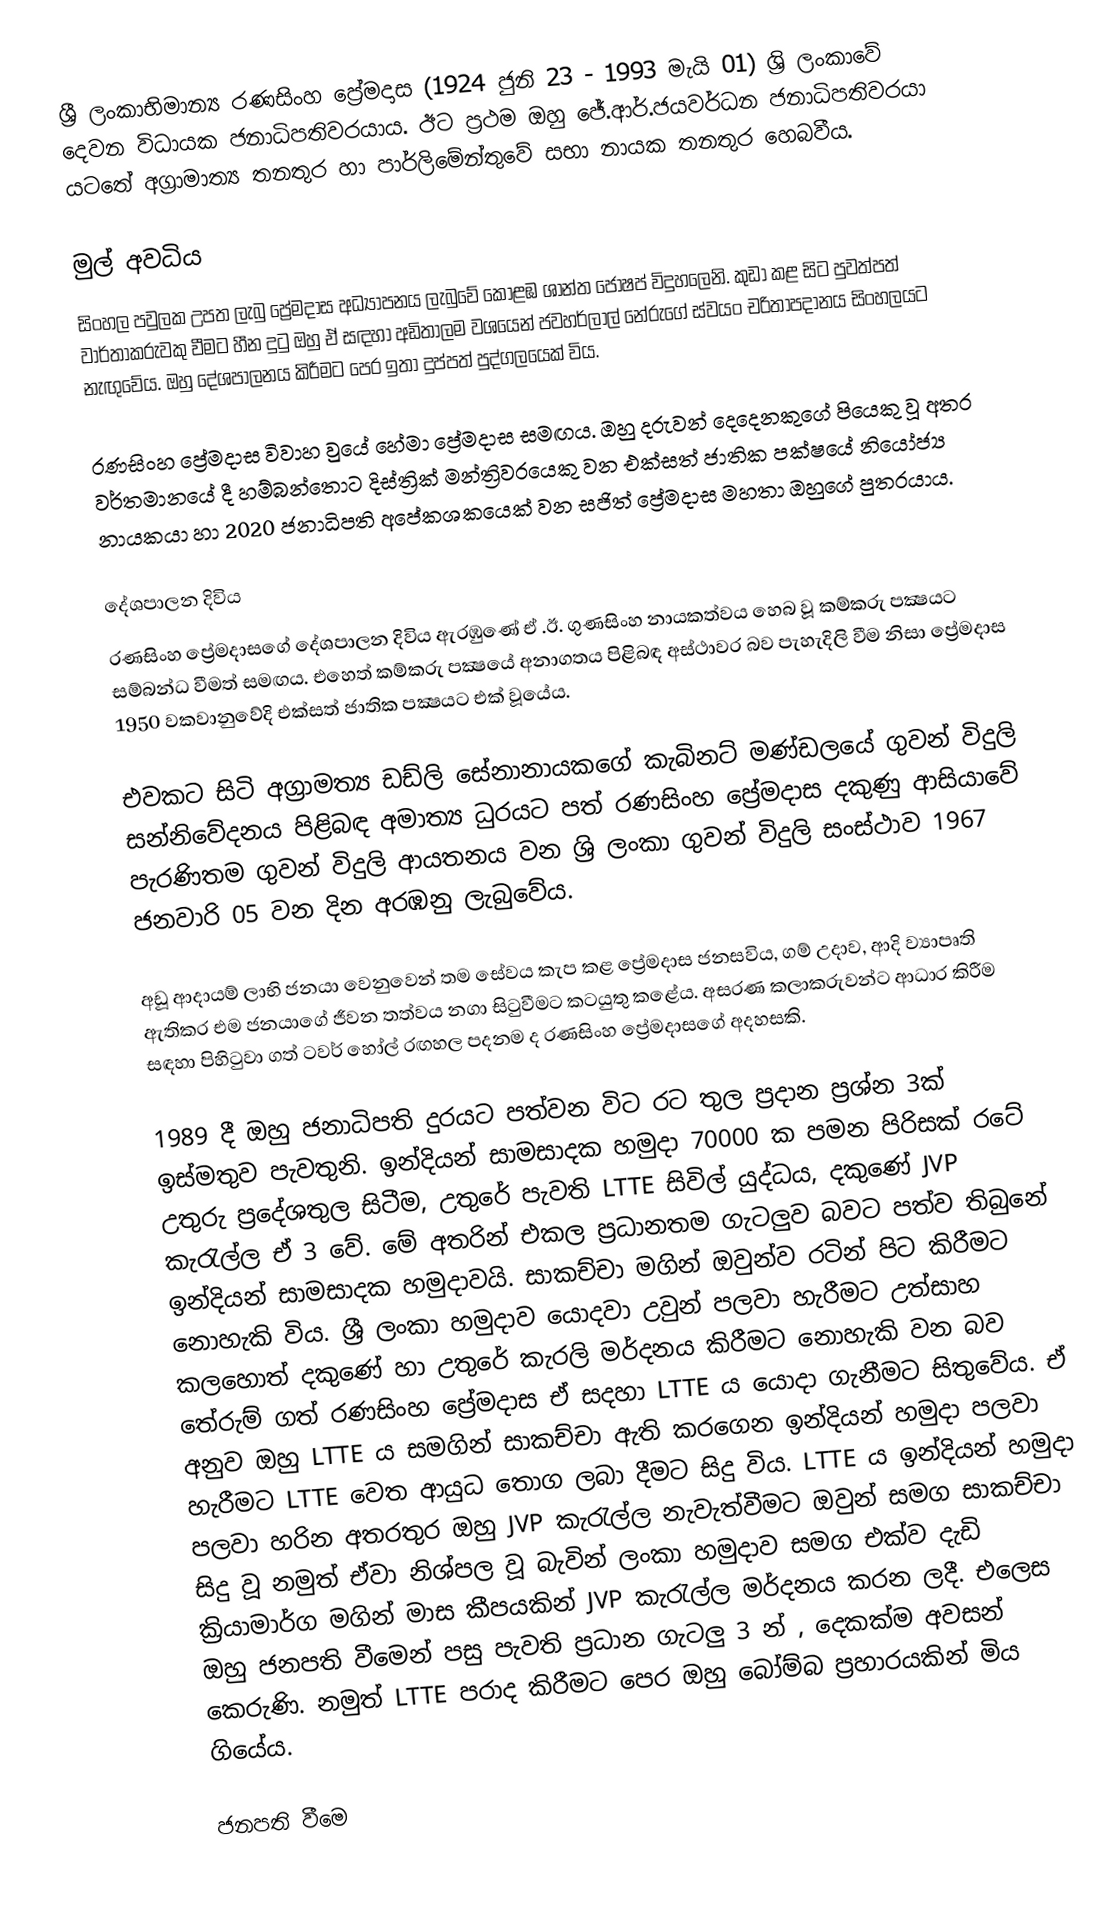
ශ්‍රී ලංකාභිමාන්‍ය රණසිංහ ප්‍රේමදාස (1924 ජුනි 23 - 1993 මැයි 01) ශ්‍රි ලංකාවේ දෙවන විධායක ජනාධිපතිවරයාය. ඊට ප‍්‍රථම ඔහු ජේ.ආර්.ජයවර්ධන ජනාධිපතිවරයා යටතේ අග්‍රාමාත්‍ය තනතුර හා පාර්ලිමේන්තුවේ සභා නායක තනතුර හෙබවීය.

මුල් අවධිය
සිංහල පවුලක උපත ලැබු ප්‍රේමදාස අධ්‍යාපනය ලැබුවේ කොළඹ ශාන්ත ජෝෂප් විදුහලෙනි. කුඩා කළ සිට පුවත්පත් වාර්තාකරුවකු වීමට හීන දුටු ඔහු ඒ සඳහා අඩිතාලම වශයෙන් ජවහර්ලාල් නේරුගේ ස්වයං චරිතාපදානය සිංහලයට නැඟුවේය. ඔහු දේශපාලනය කිරීමට පෙර ඉතා දුප්පත් පුද්ගලයෙක් විය.

රණසිංහ ප්‍රේමදාස විවාහ වුයේ හේමා ප්‍රේමදාස සමඟය. ඔහු දරුවන් දෙදෙනකුගේ පියෙකු වූ අතර වර්තමානයේ දී හම්බන්තොට දිස්ත්‍රික්   මන්ත්‍රිවරයෙකු වන එක්සත් ජාතික පක්ෂයේ නියෝජ්‍ය නායකයා හා 2020 ජනාධිපති අපේකශකයෙක් වන සජිත් ප්‍රේමදාස මහතා ඔහුගේ පුත‍්‍රයාය.

දේශපාලන දිවිය
රණසිංහ ප්‍රේමදාසගේ දේශපාලන දිවිය ඇරඹුණේ ඒ .ඊ. ගුණසිංහ නායකත්වය හෙබ වූ කම්කරු පක්‍ෂයට සම්බන්ධ වීමත් සමඟය. එහෙත් කම්කරු පක්‍ෂයේ අනාගතය පිළිබඳ අස්ථාවර බව පැහැදිලි වීම නිසා ප්‍රේමදාස 1950 වකවානුවේදි එක්සත් ජාතික පක්‍ෂයට එක් වූයේය.

එවකට සිටි අග‍්‍රාමත්‍ය ඩඩ්ලි සේනානායකගේ කැබිනට් මණ්ඩලයේ ගුවන් විදුලි සන්නිවේදනය පිළිබඳ අමාත්‍ය ධුරයට පත් රණසිංහ ප්‍රේමදාස දකුණු ආසියාවේ පැරණිතම ගුවන් විදුලි ආයතනය වන ශ්‍රි ලංකා ගුවන් විදුලි සංස්ථාව 1967 ජනවාරි 05 වන දින අරඹනු ලැබුවේය.

අඩූ ආදායම් ලාභි ජනයා වෙනුවෙන් තම සේවය කැප කළ ප්‍රේමදාස ජනසවිය, ගම් උදාව, ආදි ව්‍යාපෘති ඇතිකර එම ජනයාගේ ජීවන තත්වය නගා සිටුවීමට කටයුතු කළේය. අසරණ කලාකරුවන්ට ආධාර කිරීම සඳහා පිහිටුවා ගත් ටවර් හෝල් රඟහල පදනම ද රණසිංහ ප්‍රේමදාසගේ අදහසකි.

1989 දී ඔහු ජනාධිපති දුරයට පත්වන විට රට තුල ප්‍රදාන ප්‍රශ්න 3ක් ඉස්මතුව පැවතුනි. ඉන්දියන් සාමසාදක හමුදා 70000 ක පමන පිරිසක් රටේ උතුරු ප්‍රදේශතුල සිටීම, උතුරේ පැවති LTTE සිවිල් යුද්ධය, දකුණේ JVP කැරැල්ල ඒ 3 වේ. මේ අතරින් එකල ප්‍රධානතම ගැටලුව බවට පත්ව තිබුනේ ඉන්දියන් සාමසාදක හමුදාවයි. සාකච්චා මගින් ඔවුන්ව රටින් පිට කිරීමට නොහැකි විය. ශ්‍රී ලංකා හමුදාව යොදවා උවුන් පලවා හැරීමට උත්සාහ කලහොත් දකුණේ හා උතුරේ කැරලි මර්දනය කිරීමට නොහැකි වන බව තේරුම් ගත් රණසිංහ ප්‍රේමදාස ඒ සදහා LTTE ය යොදා ගැනීමට සිතුවේය. ඒ අනුව ඔහු LTTE ය සමගින් සාකච්චා ඇති කරගෙන ඉන්දියන් හමුදා පලවා හැරීමට LTTE වෙත ආයුධ තොග ලබා දීමට සිදු විය. LTTE ය ඉන්දියන් හමුදා පලවා හරින අතරතුර ඔහු JVP කැරැල්ල නැවැත්වීමට ඔවුන් සමග සාකච්චා සිදු වූ නමුත් ඒවා නිශ්පල වූ බැවින් ලංකා හමුදාව සමග එක්ව දැඩි ක්‍රියාමාර්ග මගින් මාස කීපයකින් JVP කැරැල්ල මර්දනය කරන ලදී. එලෙස ඔහු ජනපති වීමෙන් පසු පැවති ප්‍රධාන ගැටලු 3 න් , දෙකක්ම අවසන් කෙරුණි. නමුත් LTTE පරාද කිරීමට පෙර ඔහු බෝම්බ ප්‍රහාරයකින් මිය ගියේය.

ජනපති වීමෙ